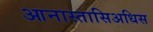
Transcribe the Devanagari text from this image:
आनास्तासिअधिस